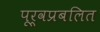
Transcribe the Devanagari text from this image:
पूर्वप्रबलित